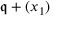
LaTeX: { \mathfrak { q } } + ( x _ { 1 } )